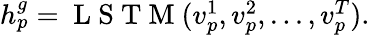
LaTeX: \begin{array}{r}{\begin{array}{r}{h_{p}^{g}=\mathrm{~L~S~T~M~}(v_{p}^{1},v_{p}^{2},...,v_{p}^{T}).}\end{array}}\end{array}